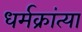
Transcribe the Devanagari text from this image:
धर्मक्रांत्या